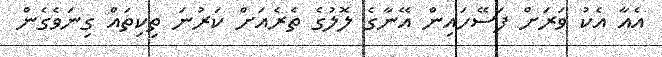
އެއާ އެކު ވަރަށް ފަސޭހައިން އޭނާގެ ލޮލުގެ ތެރެއަށް ކަރުނަ ތިކިތައް ގިނަވެގެން